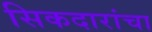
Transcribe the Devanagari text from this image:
सिकदारांचा